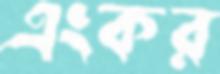
এংকর